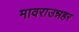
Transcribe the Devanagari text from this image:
मावराउन्नहर